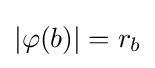
|\varphi (b)|=r_{b}